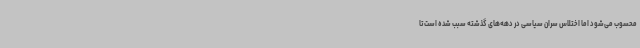
محسوب می‌شود اما اختلاس سران سیاسی در دهه‌های گذشته سبب شده است تا